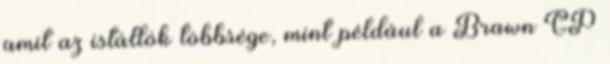
amit az istállók többsége, mint például a Brawn GP